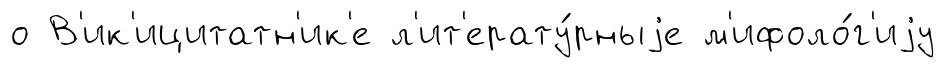
о В'ик'ицитатн'ик'е л'ит'ерату́рныjе м'ифоло́г'иjу